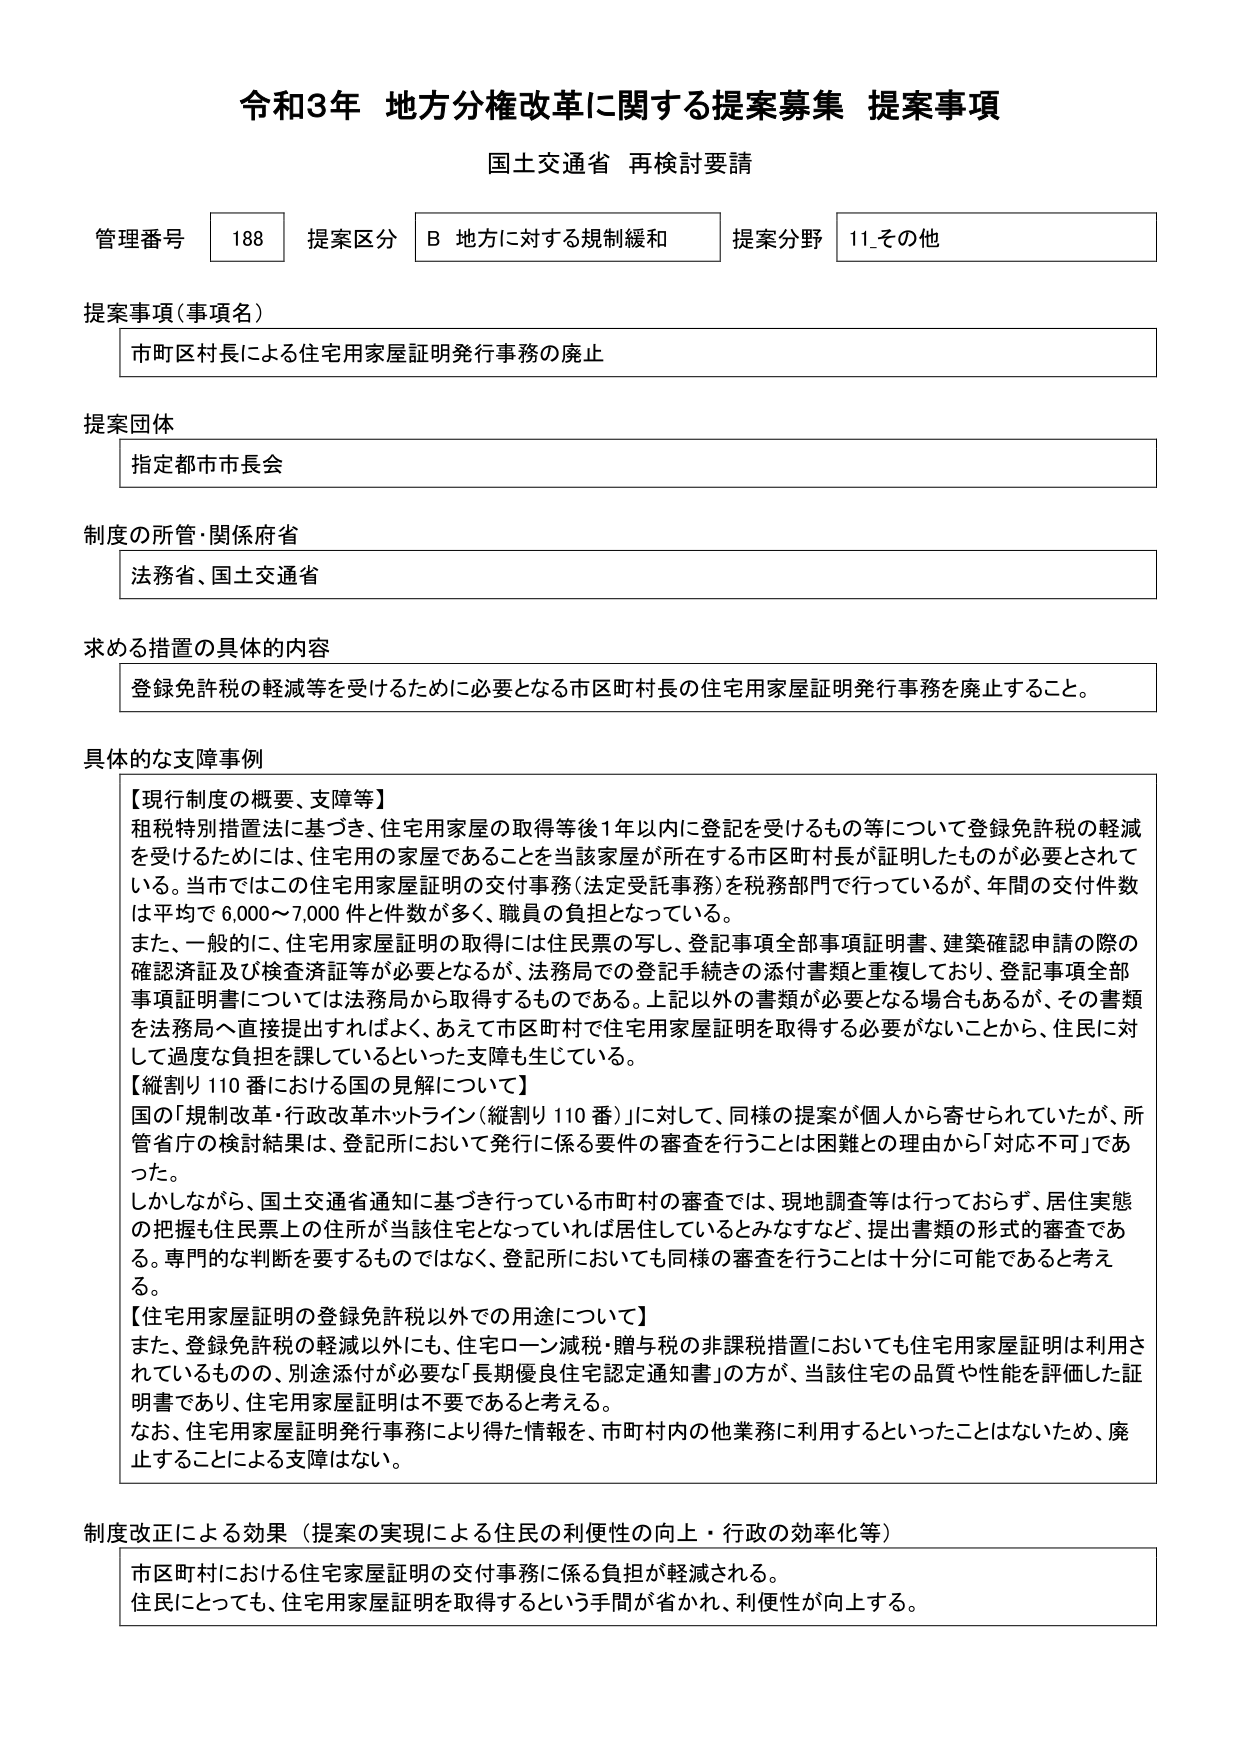
令和3年 地方分権改革に関する提案募集 提案事項
国土交通省 再検討要請

管理番号 188 提案区分 B 地方に対する規制緩和 提案分野 11_その他

提案事項（事項名）
市町区村長による住宅用家屋証明発行事務の廃止

提案団体
指定都市市長会

制度の所管・関係府省
法務省、国土交通省

求める措置の具体的内容
登録免許税の軽減等を受けるために必要となる市区町村長の住宅用家屋証明発行事務を廃止すること。

具体的な支障事例
【現行制度の概要、支障等】
租税特別措置法に基づき、住宅用家屋の取得等後1年以内に登記を受けるもの等について登録免許税の軽減を受けるためには、住宅用の家屋であることを当該家屋が所在する市区町村長が証明したものが必要とされている。当市ではこの住宅用家屋証明の交付事務（法定受託事務）を税務部門で行っているが、年間の交付件数は平均で6,000～7,000件と件数が多く、職員の負担となっている。
また、一般的に、住宅用家屋証明の取得には住民票の写し、登記事項全部事項証明書、建築確認申請の際の確認済証及び検査済証等が必要となるが、法務局での登記手続きの添付書類と重複しており、登記事項全部事項証明書については法務局から取得するものである。上記以外の書類が必要となる場合もあるが、その書類を法務局へ直接提出すればよく、あえて市区町村で住宅用家屋証明を取得する必要がないことから、住民に対して過度な負担を課しているといった支障を生じている。
【縦割り110番における国の見解について】
国の「規制改革・行政改革ホットライン（縦割り110番）」に対して、同様の提案が個人から寄せられていたが、所管省庁の検討結果は、登記所において発行に係る要件の審査を行うことは困難との理由から「対応不可」であった。
しかしながら、国土交通省通知に基づき行っている市町村の審査では、現地調査等は行っておらず、居住実態の把握も住民票上の住所が当該住宅となっていれば居住しているとみなすなど、提出書類の形式的審査である。専門的な判断を要するものではなく、登記所においても同様の審査を行うことは十分に可能であると考える。
【住宅用家屋証明の登録免許税以外での用途について】
また、登録免許税の軽減以外にも、住宅ローン減税・贈与税の非課税措置においても住宅用家屋証明は利用されているものの、別途添付が必要な「長期優良住宅認定通知書」の方が、当該住宅の品質や性能を評価した証明書であり、住宅用家屋証明は不要であると考える。
なお、住宅用家屋証明発行事務により得た情報を、市町村内の他業務に利用するといったことはないため、廃止することによる支障はない。

制度改正による効果（提案の実現による住民の利便性の向上・行政の効率化等）
市区町村における住宅家屋証明の交付事務に係る負担が軽減される。
住民にとっても、住宅用家屋証明を取得するという手間が省かれ、利便性が向上する。